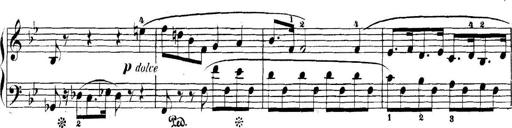
Title: 5 Sonatinas
Composer: Theodor Kirchner